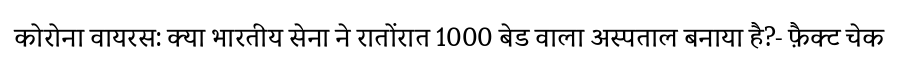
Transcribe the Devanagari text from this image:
कोरोना वायरस: क्या भारतीय सेना ने रातोंरात 1000 बेड वाला अस्पताल बनाया है?- फ़ैक्ट चेक